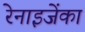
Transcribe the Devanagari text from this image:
रेनाइजेंका